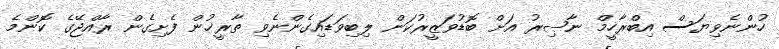
ހުންނެވިޔަސް އިބްރާހީމް ނާޞިރު އަށް ބޮޑުވަޒީރުކަން ލިބިވަޑައިގެންނެވި ތާރީޚުން ފެށިގެން ރާއްޖޭގެ ކޮންމެ